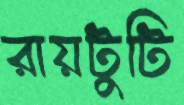
রায়টুটি